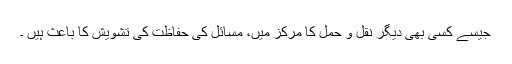
جیسے کسی بھی دیگر نقل و حمل کا مرکز میں، مسائل کی حفاظت کی تشویش کا باعث ہیں ۔